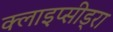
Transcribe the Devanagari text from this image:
क्लाइप्सीड्रा